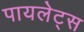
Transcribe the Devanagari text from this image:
पायलेट्स